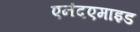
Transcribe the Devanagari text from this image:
एनंदएमाइड